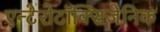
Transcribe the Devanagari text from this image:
एन्टेरोटॉक्सिजेनिक